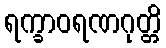
ရက္ခာဝရဏဂုတ္တိ